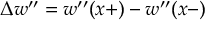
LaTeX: \Delta w ^ { \prime \prime } = w ^ { \prime \prime } ( x + ) - w ^ { \prime \prime } ( x - )